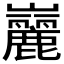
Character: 𪩠